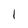
Character: 1